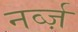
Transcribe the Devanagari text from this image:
नर्व्ज़